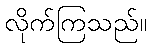
လိုက်ကြသည်။